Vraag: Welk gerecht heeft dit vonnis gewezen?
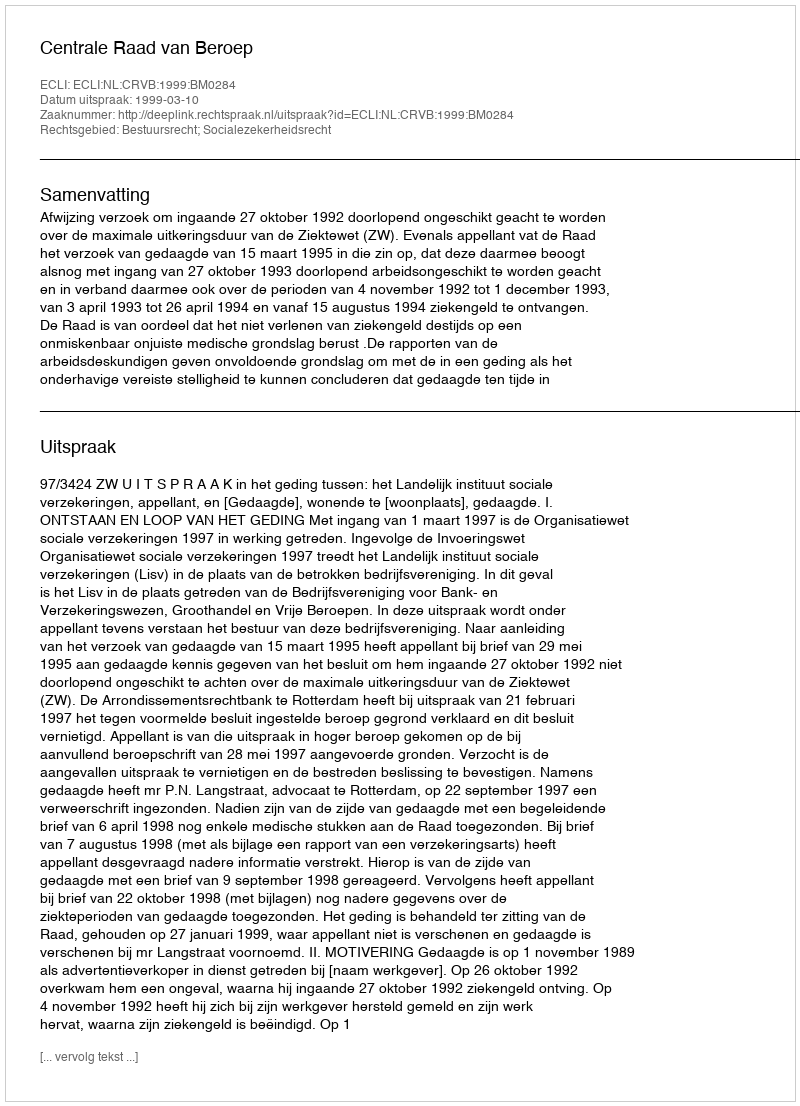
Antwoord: Centrale Raad van Beroep